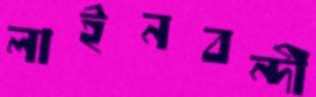
লাইনবন্দী